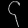
Digit: ၄